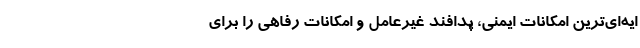
ایه‌ای‌ترین امکانات ایمنی، پدافند غیرعامل و امکانات رفاهی را برای